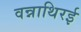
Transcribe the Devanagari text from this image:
वन्नाथिरई